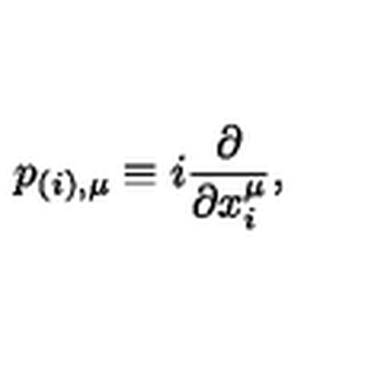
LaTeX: p _ { ( i ) , \mu } \equiv i \frac { \partial } { \partial x _ { i } ^ { \mu } } ,